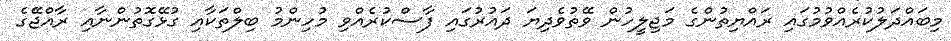
މިބައްދަލުކުރެއްވުމުގައި ރައްޔިތުންގެ މަޖިލީހުން ވޭތުވެދިޔަ ދައުރުގައި ފާސްކުރެއްވި މުހިންމު ބިލްތަކާއި ގުޅޭގޮތުންނާއި ރާއްޖޭގެ